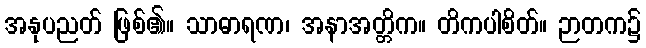
အနုပညတ် ဖြစ်၏။ သာဓာရဏ၊ အနာအတ္တိက။ တိကပါစိတ်။ ဉာတက၌